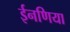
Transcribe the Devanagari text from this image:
ईनणिया